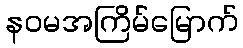
နဝမအကြိမ်မြောက်